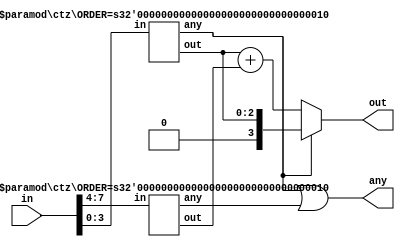
module ctz #(
	parameter ORDER = 3
)(
	input [W-1:0] in, output [ORDER:0] out, output any
);
	localparam W = 2 ** ORDER;

	generate
		if (ORDER == 0) begin
			assign out = ~in;
			assign any =  in;
		end
		else begin
			wire [ORDER-1:0] lo, ho;
			wire la, ha;

			ctz #(ORDER-1) l (in[W/2-1:0], lo, la);
			ctz #(ORDER-1) h (in[W-1:W/2], ho, ha);

			assign out = la ? lo : lo + ho;
			assign any = la | ha;
		end
	endgenerate
endmodule